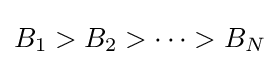
B_{1}>B_{2}>\cdots >B_{N}